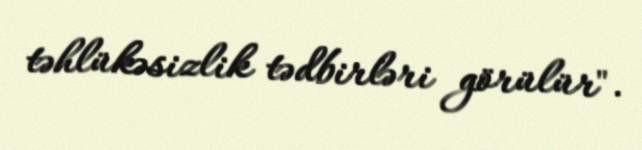
təhlükəsizlik tədbirləri görülür".